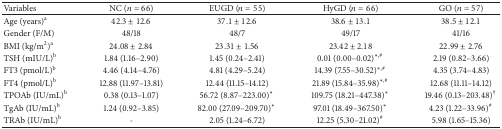
<table><thead><tr><td><b>Variables</b></td><td><b>NC (<i>n</i> = 66)</b></td><td><b>EUGD (<i>n</i> = 55)</b></td><td><b>HyGD (<i>n</i> = 66)</b></td><td><b>GO (<i>n</i> = 57)</b></td></tr></thead><tbody><tr><td>Age (years)<sup>a</sup> </td><td>42.3 ± 12.6</td><td>37.1 ± 12.6</td><td>38.6 ± 13.1</td><td>38.5 ± 12.1</td></tr><tr><td>Gender (F/M)</td><td>48/18</td><td>48/7</td><td>49/17</td><td>41/16</td></tr><tr><td>BMI (kg/m<sup>2</sup>)<sup>a</sup> </td><td>24.08 ± 2.84</td><td>23.31 ± 1.56</td><td>23.42 ± 2.18</td><td>22.99 ± 2.76</td></tr><tr><td>TSH (mIU/L)<sup>b</sup> </td><td>1.84 (1.16–2.90)</td><td>1.45 (0.24–2.41)</td><td>0.01 (0.00–0.02)<sup><i>∗</i>, #</sup> </td><td>2.19 (0.82–3.66)</td></tr><tr><td>FT3 (pmol/L)<sup>b</sup> </td><td>4.46 (4.14–4.76)</td><td>4.81 (4.29–5.24)</td><td>14.39 (7.55–30.52)<sup><i>∗</i>, #</sup> </td><td>4.35 (3.74–4.83)</td></tr><tr><td>FT4 (pmol/L)<sup>b</sup> </td><td>12.88 (11.97–13.81)</td><td>12.44 (11.15–14.12)</td><td>21.89 (15.84–35.98)<sup><i>∗</i>, #</sup> </td><td>12.68 (11.11–14.12)</td></tr><tr><td>TPOAb (IU/mL)<sup>b</sup> </td><td>0.38 (0.13–1.07)</td><td>56.72 (8.87–223.00)<sup><i>∗</i></sup> </td><td>109.75 (18.21–447.38)<sup><i>∗</i></sup> </td><td>19.46 (0.13–203.48)<sup>†</sup> </td></tr><tr><td>TgAb (IU/mL)<sup>b</sup> </td><td>1.24 (0.92–3.85)</td><td>82.00 (27.09–209.70)<sup><i>∗</i></sup> </td><td>97.01 (18.49–367.50)<sup><i>∗</i></sup> </td><td>4.23 (1.22–33.96)<sup>#</sup> </td></tr><tr><td>TRAb (IU/mL)<sup>b</sup> </td><td>-</td><td>2.05 (1.24–6.72)</td><td>12.25 (5.30–21.02)<sup>#</sup> </td><td>5.98 (1.65–15.36)</td></tr></tbody></table>